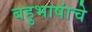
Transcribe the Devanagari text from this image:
बहुभाषांचे